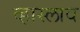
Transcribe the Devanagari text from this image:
व्हास्लाव